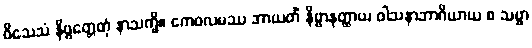
ဝိသေသံ နိဗ္ဗတ္တေတုံ နာသက္ခိ။ ကေဝလမဿ အာယတိံ နိဗ္ဗာနတ္ထာယ ဝါသနာဘာဂိယာယ စ သဗ္ဗာ